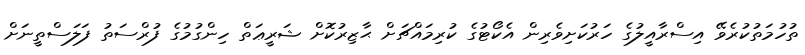
ތުހުމަތުކުރެވޭ އިސްރާއީލުގެ ހަރުކަށިވެރިން އެކޯޓުގެ ކުރިމައްޗަށް ޙާޒިރުކޮށް ޝަރީޢަތް ހިންގުމުގެ ފުރްސަތު ފަލަސްތީނަށް